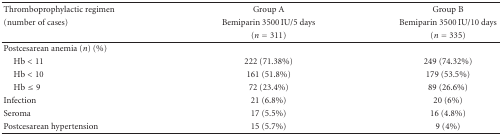
<table><thead><tr><td><b>Thromboprophylactic regimen</b></td><td><b>Group A</b></td><td><b>Group B</b></td></tr><tr><td><b>(number of cases)</b></td><td><b>Bemiparin 3500 IU/5 days</b></td><td><b>Bemiparin 3500 IU/10 days</b></td></tr><tr><td></td><td><b>(<i>n</i> = 311)</b></td><td><b> (<i>n</i> = 335)</b></td></tr></thead><tbody><tr><td>Postcesarean anemia (<i>n</i>) (%)</td><td></td><td></td></tr><tr><td> Hb &lt; 11</td><td>222 (71.38%)</td><td>249 (74.32%)</td></tr><tr><td> Hb &lt; 10</td><td>161 (51.8%)</td><td>179 (53.5%)</td></tr><tr><td> Hb ≤ 9</td><td> 72 (23.4%)</td><td> 89 (26.6%)</td></tr><tr><td>Infection</td><td>21 (6.8%)</td><td>20 (6%)</td></tr><tr><td>Seroma</td><td>17 (5.5%)</td><td>16 (4.8%)</td></tr><tr><td>Postcesarean hypertension</td><td>15 (5.7%)</td><td>9 (4%)</td></tr></tbody></table>